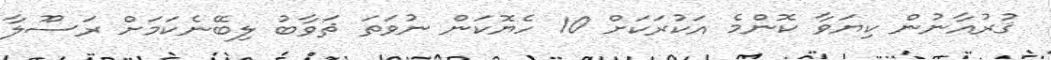
ޤުރުއާނުން ކިޔަވާ ކޮންމެ އަކުރަކަށް 10 ހެޔޮކަން ނުވަތަ ޘަވާބު ލިބޭނެކަމަށް ރަސޫލާ